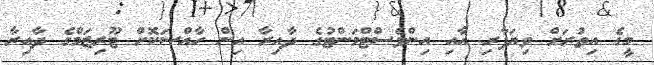
މީގެ އިތުރަށް ވިޔަފާރި އާއި އިންވެސްޓްމަންޓުގެ ދާއިރާ އިން ހާއްސަކޮށް ޓޫރިޒަމްގެ ދާއިރާ